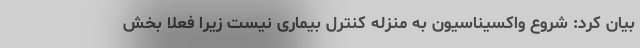
بیان کرد: شروع واکسیناسیون به منزله کنترل بیماری نیست زیرا فعلا بخش